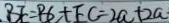
B E = B C + E C = 2 a + 2 a